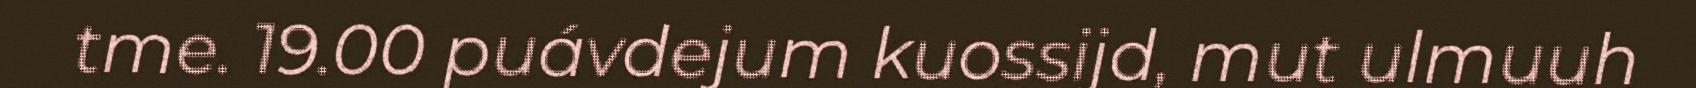
tme. 19.00 puávdejum kuossijd, mut ulmuuh